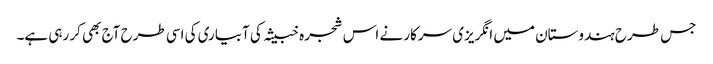
جس طرح ہندوستان میں انگریزی سرکار نے اس شجرہ خبیثہ کی آبیاری کی اسی طرح آج بھی کر رہی ہے۔